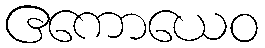
ဧကောယေဝ